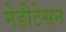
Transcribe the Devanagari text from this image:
मेडीटेसन